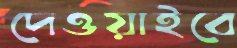
দেওয়াইবে